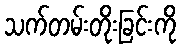
သက်တမ်းတိုးခြင်းကို